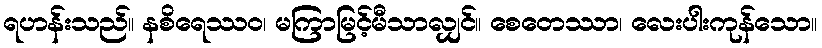
ရဟန်းသည်။ နစိရေဿဝ၊ မကြာမြင့်မီသာလျှင်။ စေတေဿာ၊ လေးပါးကုန်သော။